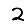
Digit: 2